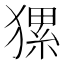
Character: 𤡂